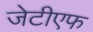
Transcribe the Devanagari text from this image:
जेटीएफ